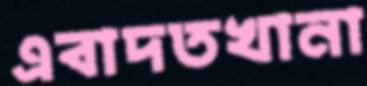
এবাদতখানা